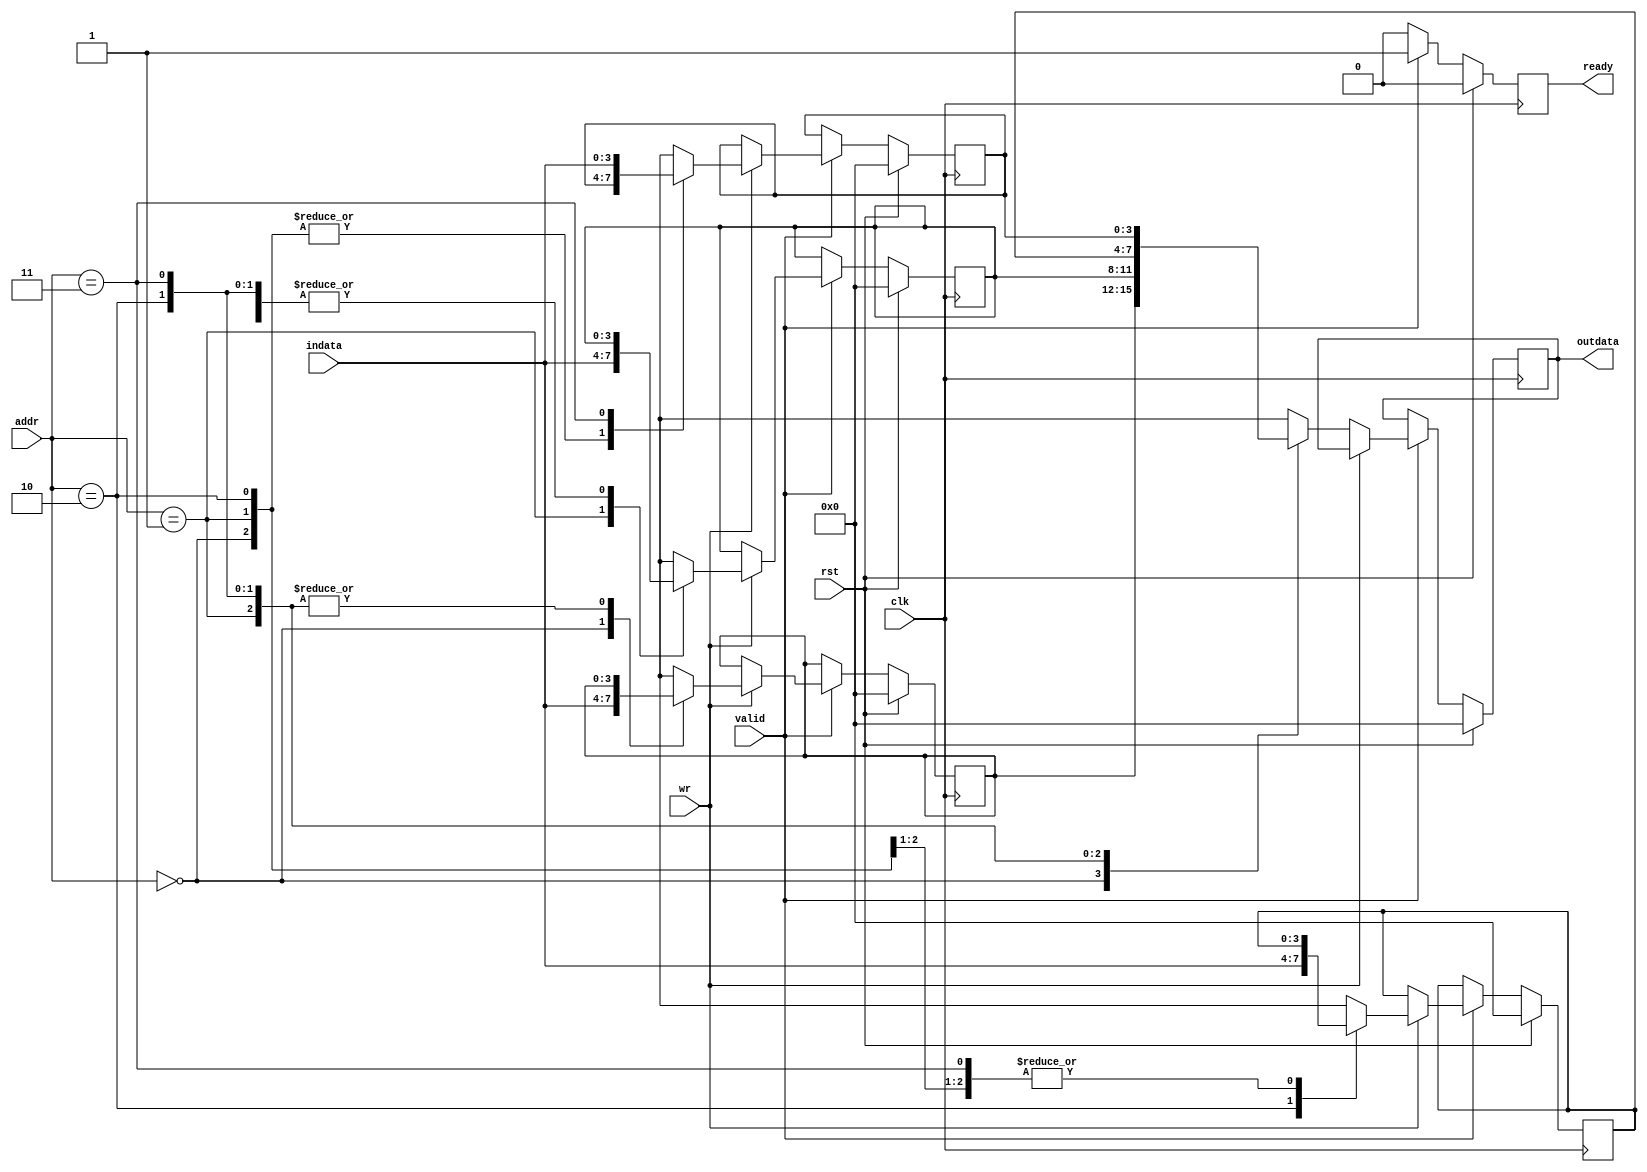
module memory_handshake(rst,clk,wr,valid,indata,addr,ready,outdata);
parameter addr_width=2;
parameter mem_width=4;
parameter mem_depth=4;
input clk,rst,wr,valid;
output reg ready;
input [addr_width-1:0]addr;
input [mem_width-1:0]indata;
output reg [mem_width-1:0] outdata;
reg [mem_width-1:0] mem [mem_depth-1:0];

integer d;
always @(posedge clk) 

begin
	if(rst)
		begin
		ready=0;
		outdata=0;
		for(d=0;d<mem_depth;d=d+1)
			begin
			mem[d]=0;
			end
		end
	else 
		begin
		if(valid)
			begin
			ready=1;
		if(wr)
			begin
			mem[addr]=indata;
			end
		else
			begin
			outdata=mem[addr];
			end
		end
	else //for valid=0
		begin
		ready=0;
		end

		end
		end

endmodule